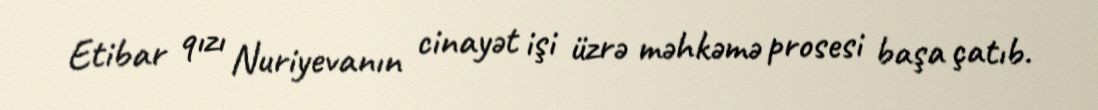
Etibar qızı Nuriyevanın cinayət işi üzrə məhkəmə prosesi başa çatıb.